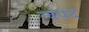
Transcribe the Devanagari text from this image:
त्वंपदं